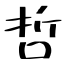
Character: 哲